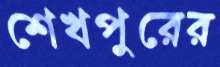
শেখপুরের